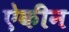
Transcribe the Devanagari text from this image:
ऐकीन